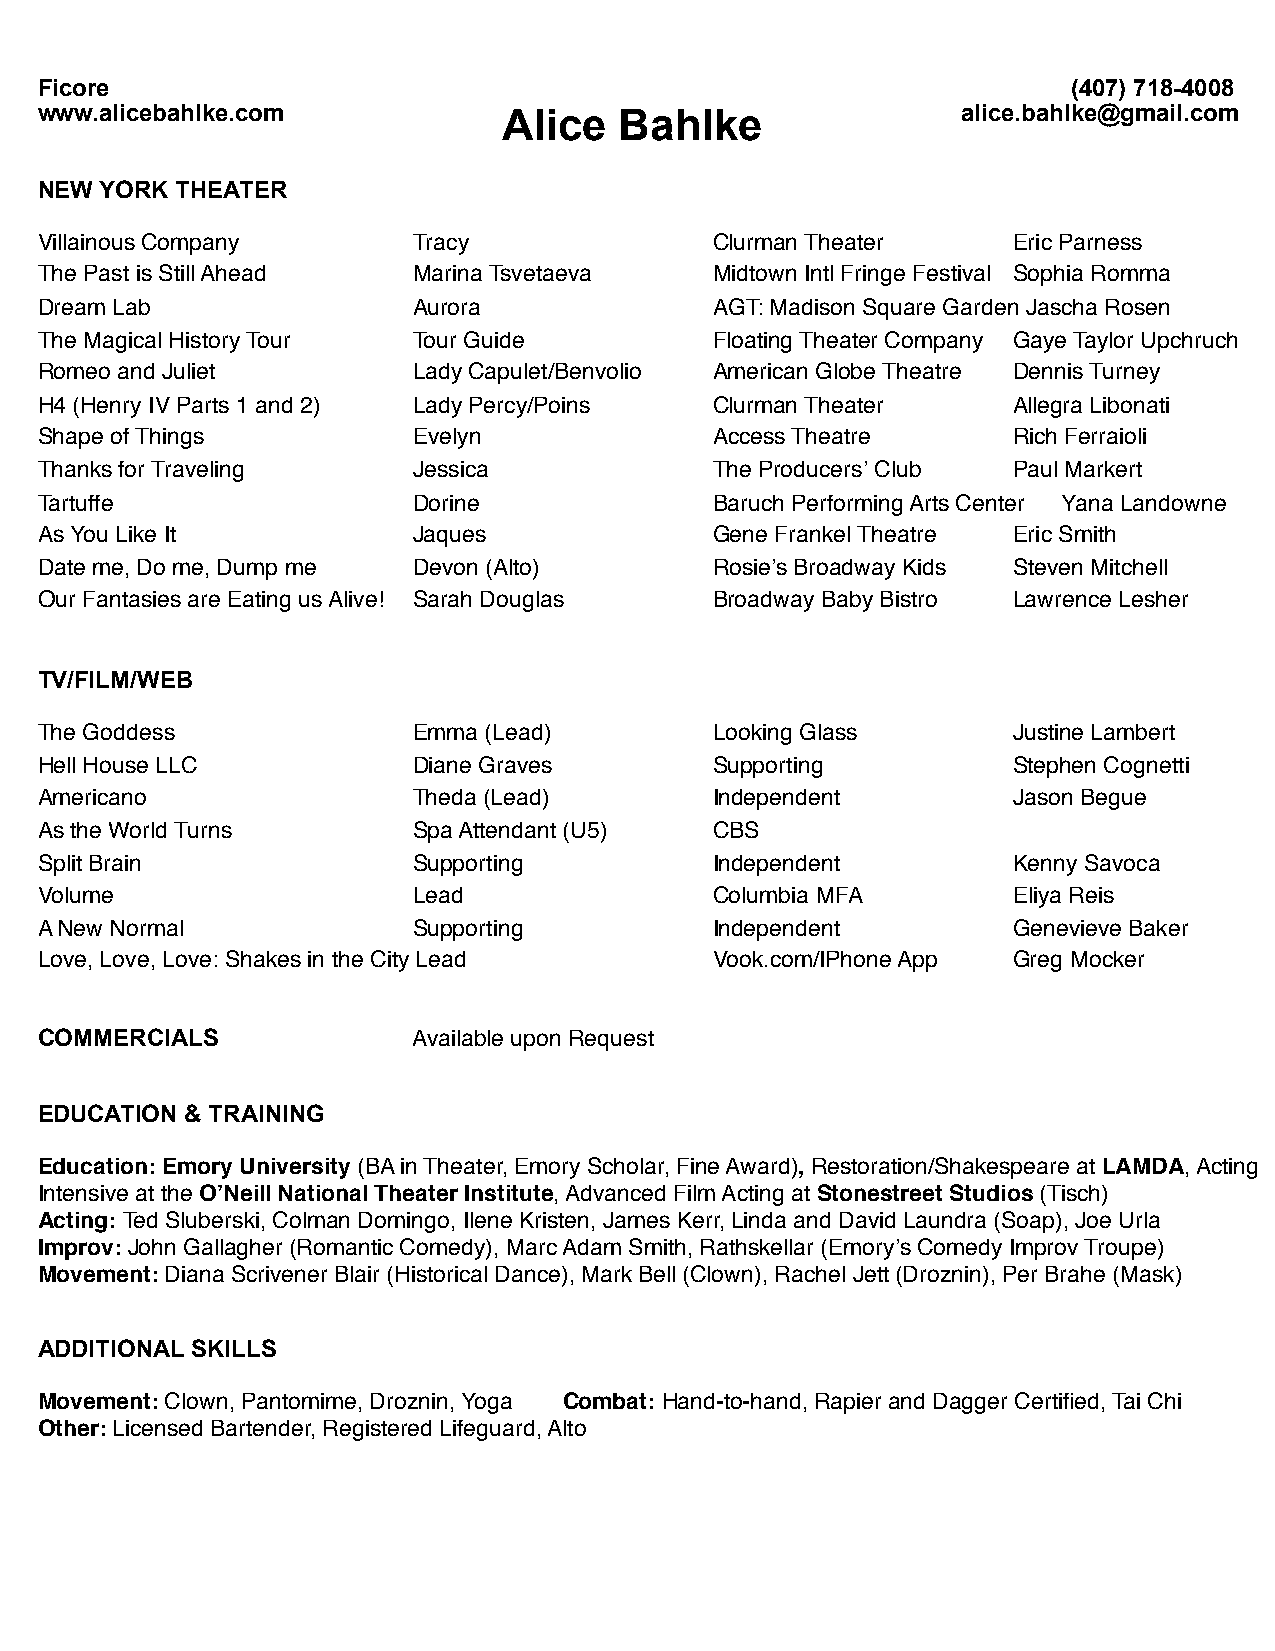
Ficore                                                               (407) 718-4008
 www.alicebahlke.com            A l i c e B a h l k e          alice.bahlke@gmail.com
 NEW  YORK THEATER
 Villainous Company ! ! ! Tracy! !  !    !    Clurman Theater! !  Eric Parness
 The Past is Still Ahead! ! Marina Tsvetaeva! ! Midtown Intl Fringe Festival! Sophia Romma
 Dream Lab! !   !    !    Aurora !  !    !    AGT: Madison Square Garden Jascha Rosen
 The Magical History Tour! ! Tour Guide! ! !  Floating Theater Company! Gaye Taylor Upchruch
 Romeo and Juliet! ! !    Lady Capulet/Benvolio! American Globe Theatre! Dennis Turney
 H4 (Henry IV Parts 1 and 2)! ! Lady Percy/Poins! ! Clurman Theater! ! Allegra Libonati
 Shape of Things! !  !    Evelyn!!  !    !    Access Theatre ! !  Rich Ferraioli
 Thanks for Traveling! ! ! Jessica! !    !    The Producersʼ Club! ! Paul Markert
 Tartuffe ! !   !    !    Dorine!!  !    !    Baruch Performing Arts Center Yana Landowne
 As You Like It!! !  !    Jaques!!  !    !    Gene Frankel Theatre!! Eric Smith!
 Date me, Do me, Dump me! ! Devon (Alto)! ! ! Rosieʼs Broadway Kids ! Steven Mitchell
 Our Fantasies are Eating us Alive!! Sarah Douglas ! ! Broadway Baby Bistro! Lawrence Lesher
 TV/FILM/WEB
 The Goddess!!  !    !    Emma (Lead)!!  !    Looking Glass!! !   Justine Lambert
 Hell House LLC! !   !    Diane Graves!! !    Supporting! !  !    Stephen Cognetti
 Americano! !   !    !    Theda (Lead)!! !    Independent! ! !    Jason Begue
 As the World Turns! ! !  Spa Attendant (U5)! ! CBS!
 Split Brain! ! !    !    Supporting! !  !    Independent! ! !    Kenny Savoca
 Volume!   !    !    !    Lead! !   !    !    Columbia MFA!  !    Eliya Reis
 A New Normal!! !    !    Supporting! !  !    Independent! ! !    Genevieve Baker
 Love, Love, Love: Shakes in the City Lead! ! ! ! Vook.com/IPhone App! Greg Mocker
 COMMERCIALS!   !    !    Available upon Request
 EDUCATION & TRAINING
 Education: Emory University (BA in Theater, Emory Scholar, Fine Award), Restoration/Shakespeare at LAMDA, Acting
 Intensive at the OʼNeill National Theater Institute, Advanced Film Acting at Stonestreet Studios (Tisch)
 Acting: Ted Sluberski, Colman Domingo, Ilene Kristen, James Kerr, Linda and David Laundra (Soap), Joe Urla
 Improv: John Gallagher (Romantic Comedy), Marc Adam Smith, Rathskellar (Emoryʼs Comedy Improv Troupe)
 Movement: Diana Scrivener Blair (Historical Dance), Mark Bell (Clown), Rachel Jett (Droznin), Per Brahe (Mask)
 ADDITIONAL SKILLS
 Movement: Clown, Pantomime, Droznin, Yoga " Combat: Hand-to-hand, Rapier and Dagger Certified, Tai Chi"
 Other: Licensed Bartender, Registered Lifeguard, Alto